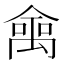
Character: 𠎘